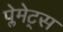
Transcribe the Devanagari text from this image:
प्लेमेट्स